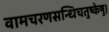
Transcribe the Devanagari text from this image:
वामचरणसन्धिचतुष्केषु।